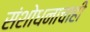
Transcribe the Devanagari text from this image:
संशोधनाचाही